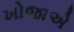
ખોજાએ